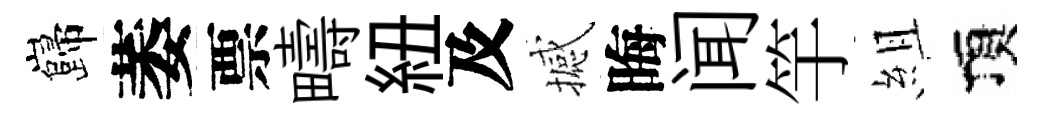
巋萎票疇紐及撼晦闻竽組頂